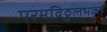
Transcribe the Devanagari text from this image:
परमविठ्ठलभक्त